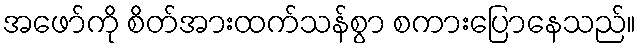
အဖော်ကို စိတ်အားထက်သန်စွာ စကားပြောနေသည်။